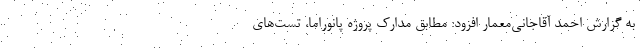
به گزارش احمد آقاجانی‌معمار افزود: مطابق مدارک پروژه پانوراما، تست‌های